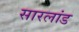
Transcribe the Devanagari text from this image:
सारलांड